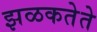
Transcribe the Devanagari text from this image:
झळकतेते